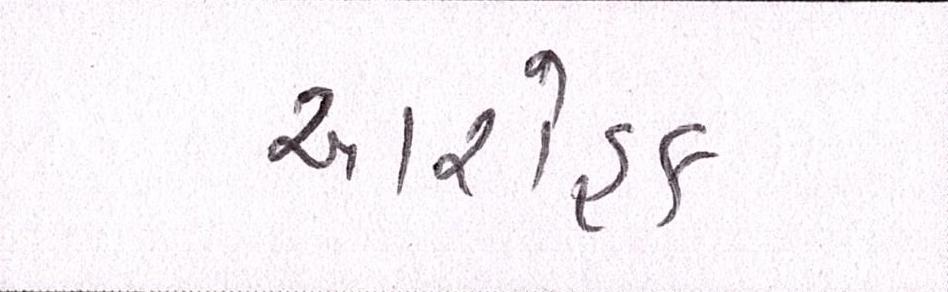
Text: આરોહક